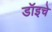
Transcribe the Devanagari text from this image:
डॉइचे